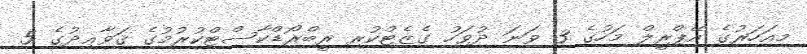
މިއަހަރުގެ އޭޕްރީލް މަހުގެ 3 ވަނަ ދުވަހު ގެޒެޓްކުރި ރީބްރޯޑްކާސްޓްކުރުމުގެ ޤަވާޢިދުގެ 5